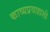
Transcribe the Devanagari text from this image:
काव्यप्रवाहाशी